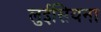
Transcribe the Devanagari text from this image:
लुईसियना